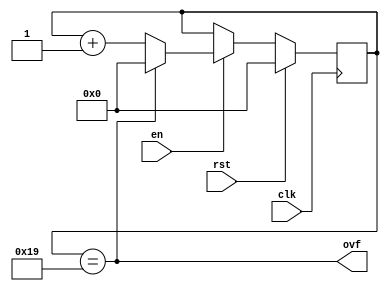
(* generator = "Amaranth" *)
module top(ovf, clk, rst, en);
  reg \$auto$verilog_backend.cc:2255:dump_module$1  = 0;
  (* src = "up_counter.py:36" *)
  wire \$1 ;
  (* src = "up_counter.py:42" *)
  wire [16:0] \$3 ;
  (* src = "up_counter.py:42" *)
  wire [16:0] \$4 ;
  (* src = "<site-packages>/amaranth/hdl/ir.py:509" *)
  input clk;
  wire clk;
  (* src = "up_counter.py:29" *)
  reg [15:0] count = 16'h0000;
  (* src = "up_counter.py:29" *)
  reg [15:0] \count$next ;
  (* src = "<site-packages>/amaranth/lib/wiring.py:1647" *)
  input en;
  wire en;
  (* src = "<site-packages>/amaranth/lib/wiring.py:1647" *)
  output ovf;
  wire ovf;
  (* src = "<site-packages>/amaranth/hdl/ir.py:509" *)
  input rst;
  wire rst;
  assign \$1  = count == (* src = "up_counter.py:36" *) 5'h19;
  assign \$4  = count + (* src = "up_counter.py:42" *) 1'h1;
  always @(posedge clk)
    count <= \count$next ;
  always @* begin
    if (\$auto$verilog_backend.cc:2255:dump_module$1 ) begin end
    \count$next  = count;
    (* src = "up_counter.py:38" *)
    if (en) begin
      (* full_case = 32'd1 *)
      (* src = "up_counter.py:39" *)
      if (ovf) begin
        \count$next  = 16'h0000;
      end else begin
        \count$next  = \$4 [15:0];
      end
    end
    (* src = "<site-packages>/amaranth/hdl/xfrm.py:534" *)
    if (rst) begin
      \count$next  = 16'h0000;
    end
  end
  assign \$3  = \$4 ;
  assign ovf = \$1 ;
endmodule